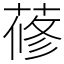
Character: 蓚